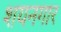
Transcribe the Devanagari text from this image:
शयनगार